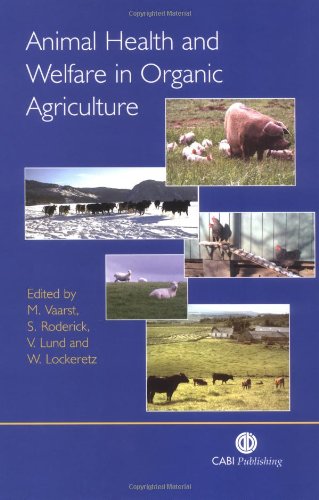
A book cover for Animal Health and Welfare in Organic Agriculture; M Vaarst; Science & Math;